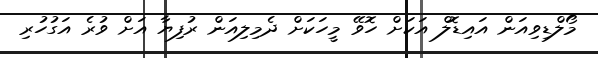
މޯލްޑިވިއަން އައިޑޮލް އަކަށް ހޮވޭ މީހަކަށް ދެމިލިއަން ރުފިޔާ އަށް ވުރެ އަގުހުރި